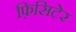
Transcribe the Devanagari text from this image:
फ़िसिटेर